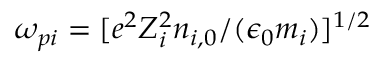
\omega _ { p i } = [ e ^ { 2 } Z _ { i } ^ { 2 } n _ { i , 0 } / ( \epsilon _ { 0 } m _ { i } ) ] ^ { 1 / 2 }